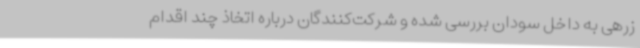
زرهی به داخل سودان بررسی شده و شرکت‌کنندگان درباره اتخاذ چند اقدام